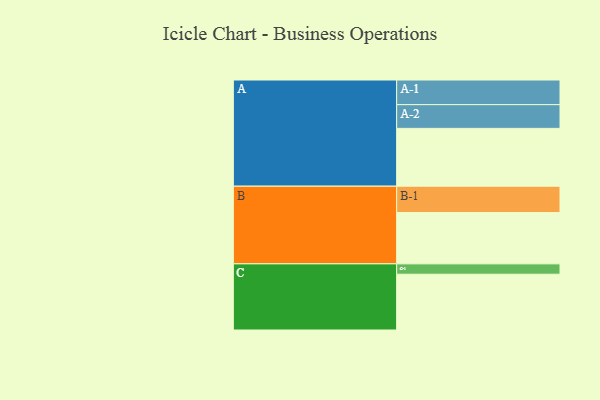
{"axis": {"x": "Segment", "y": "Value"}, "legend": ["", "A", "B", "C"], "data": [{"x": "A", "y": 563, "type": ""}, {"x": "B", "y": 499, "type": ""}, {"x": "C", "y": 543, "type": ""}, {"x": "A-1", "y": 240, "type": "A"}, {"x": "A-2", "y": 231, "type": "A"}, {"x": "B-1", "y": 257, "type": "B"}, {"x": "C-1", "y": 101, "type": "C"}]}